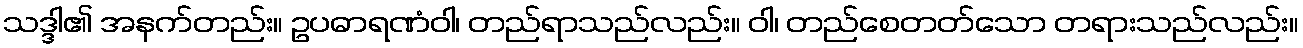
သဒ္ဒါ၏ အနက်တည်း။ ဥပဓာရဏံဝါ၊ တည်ရာသည်လည်း။ ဝါ၊ တည်စေတတ်သော တရားသည်လည်း။